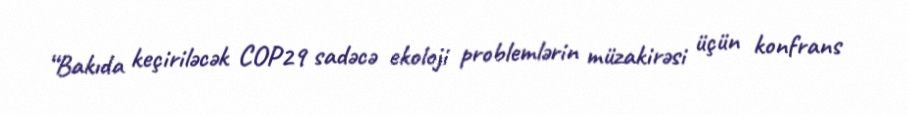
“Bakıda keçiriləcək COP29 sadəcə ekoloji problemlərin müzakirəsi üçün konfrans